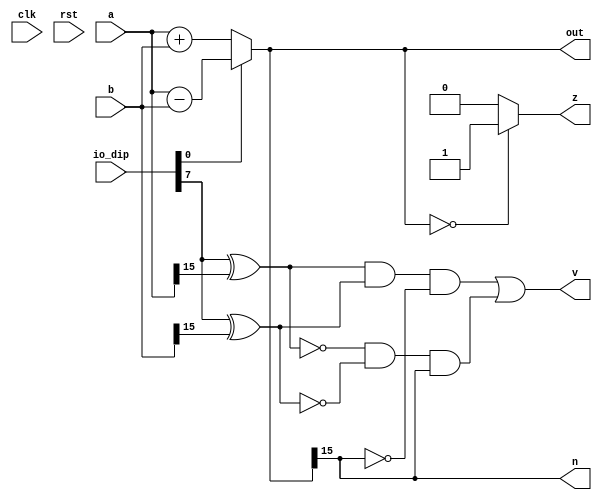
/*
   This file was generated automatically by the Mojo IDE version B1.3.6.
   Do not edit this file directly. Instead edit the original Lucid source.
   This is a temporary file and any changes made to it will be destroyed.
*/

module add_6 (
    input clk,
    input rst,
    input [7:0] io_dip,
    input [15:0] a,
    input [15:0] b,
    output reg [15:0] out,
    output reg z,
    output reg v,
    output reg n
  );
  
  
  
  reg [15:0] holder;
  
  always @* begin
    if (io_dip[0+0-:1] == 1'h0) begin
      holder = a + b;
    end else begin
      holder = a - b;
    end
    out = holder[0+15-:16];
    if (holder == 1'h0) begin
      z = 1'h1;
    end else begin
      z = 1'h0;
    end
    v = ((io_dip[7+0-:1] ^ a[15+0-:1]) & (io_dip[7+0-:1] ^ b[15+0-:1]) & ~holder[15+0-:1]) | (~(io_dip[7+0-:1] ^ a[15+0-:1]) & ~(io_dip[7+0-:1] ^ b[15+0-:1]) & holder[15+0-:1]);
    n = holder[15+0-:1];
  end
endmodule